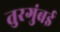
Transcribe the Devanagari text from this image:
तुरगुंबई